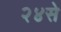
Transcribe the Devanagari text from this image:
२४से